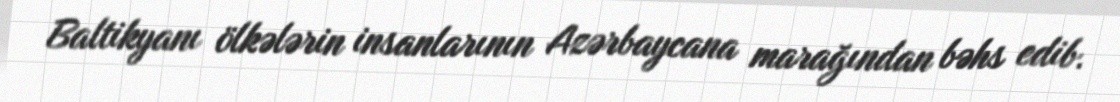
Baltikyanı ölkələrin insanlarının Azərbaycana marağından bəhs edib.